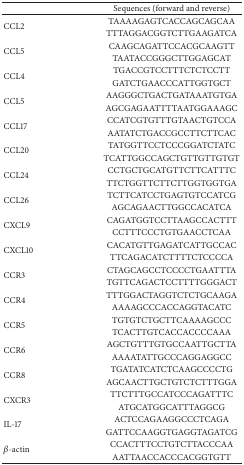
<table><thead><tr><td><b> </b></td><td><b>Sequences (forward and reverse)</b></td></tr></thead><tbody><tr><td rowspan="2">CCL2</td><td>TAAAAGAGTCACCAGCAGCAA</td></tr><tr><td>TTTAGGACGGTCTTGAAGATCA</td></tr><tr><td rowspan="2">CCL5</td><td>CAAGCAGATTCCACGCAAGTT</td></tr><tr><td>TAATACCGGGCTTGGAGCAT</td></tr><tr><td rowspan="2">CCL4</td><td>TGACCGTCCTTTCTCTCCTT</td></tr><tr><td>GATCTGAACCCATTGGTGCT</td></tr><tr><td rowspan="2">CCL5</td><td>AAGGGCTGACTGATAAATGTGA</td></tr><tr><td>AGCGAGAATTTTAATGGAAAGC</td></tr><tr><td rowspan="2">CCL17</td><td>CCATCGTGTTTGTAACTGTCCA</td></tr><tr><td>AATATCTGACCGCCTTCTTCAC</td></tr><tr><td rowspan="2">CCL20</td><td>TATGGTTCCTCCCGGATCTATC</td></tr><tr><td>TCATTGGCCAGCTGTTGTTGTGT</td></tr><tr><td rowspan="2">CCL24</td><td>CCTGCTGCATGTTCTTCATTTC</td></tr><tr><td>TTCTGGTTCTTCTTGGTGGTGA</td></tr><tr><td rowspan="2">CCL26</td><td>TCTTCATCCTGAGTGTCCATCG</td></tr><tr><td>AGCAGAACTTGGCCACATCA</td></tr><tr><td rowspan="2">CXCL9</td><td>CAGATGGTCCTTAAGCCACTTT</td></tr><tr><td>CCTTTCCCTGTGAACCTCAA</td></tr><tr><td rowspan="2">CXCL10</td><td>CACATGTTGAGATCATTGCCAC</td></tr><tr><td>TTCAGACATCTTTTCTCCCCA</td></tr><tr><td rowspan="2">CCR3</td><td>CTAGCAGCCTCCCCTGAATTTA</td></tr><tr><td>TGTTCAGACTCCTTTTGGGACT</td></tr><tr><td rowspan="2">CCR4</td><td>TTTGGACTAGGTCTCTGCAAGA</td></tr><tr><td>AAAAGCCCACCAGGTACATC</td></tr><tr><td rowspan="2">CCR5</td><td>TGTGTCTGCTTCAAAAGCCC</td></tr><tr><td>TCACTTGTCACCACCCCAAA</td></tr><tr><td rowspan="2">CCR6</td><td>AGCTGTTTGTGCCAATTGCTTA</td></tr><tr><td>AAAATATTGCCCAGGAGGCC</td></tr><tr><td rowspan="2">CCR8</td><td>TGATATCATCTCAAGCCCCTG</td></tr><tr><td>AGCAACTTGCTGTCTCTTTGGA</td></tr><tr><td rowspan="2">CXCR3</td><td>TTCTTTGCCATCCCAGATTTC</td></tr><tr><td>ATGCATGGCATTTAGGCG</td></tr><tr><td rowspan="2">IL-17</td><td>ACTCCAGAAGGCCCTCAGA </td></tr><tr><td>GATTCCAAGGTGAGGTAGATCG</td></tr><tr><td rowspan="2"><i>β</i>-actin</td><td>CCACTTTCCTGTCTTACCCAA</td></tr><tr><td>AATTAACCACCCACGGTGTT</td></tr></tbody></table>